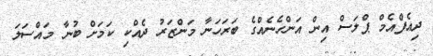
ދިއެފްއެމް ޕްލަސް އިން އަންހެނެއްގެ ބަރަހަނާ މަންޒަރު ދެއްކި ކަމަށް ބުނާ މައްސަލަ